Vaccination in Burma 1920-1933 - 1920-1933
Year: 1920
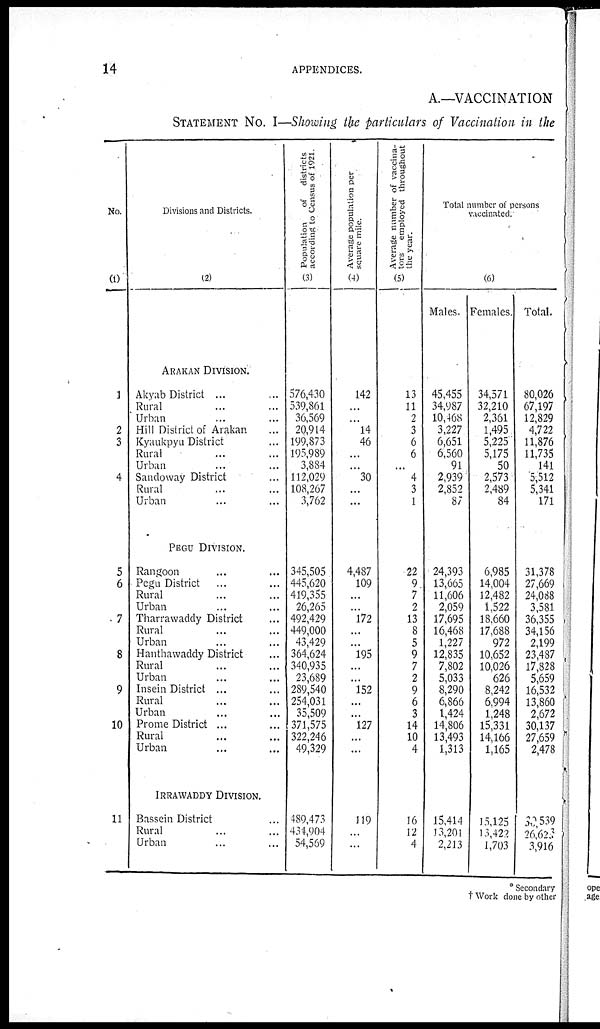
14
APPENDICES.
A.—VACCINATION
STATEMENT No. I—Showing the particulars of Vaccination in the
No.
(1)
1
2
3
4
5
6
7
8
9
10
11
Divisions and Districts.
(2)
ARAKAN DIVISION.
Akyab District ... ...
Rural ... ...
Urban ... ...
Hill District of Arakan ...
Kyaukpyu District ...
Rural ... ...
Urban ... ...
Sandoway District ...
Rural ... ...
Urban ... ...
PEGU DIVISION
Rangoon ... ...
Pegu District ... ...
Rural ... ...
Urban ... ...
Tharrawaddy District ...
Rural ... ...
Urban ... ...
Hanthawaddy District ...
Rural ... ...
Urban ... ...
Insein District ...
Rural ... ...
Urban ... ...
Prome District ...
Rural ... ...
Urban ... ...
IRRAWADDY DIVISION.
Bassein District ... ...
Rural ... ...
Urban ... ...
Population
of districts
according to Census of 1921.
(3)
576,430
539,861
36,569
20,914
199,873
195,989
3,884
112,029
108,267
3,762
345,505
445,620
419,355
26,265
492,429
449,000
43,429
364,624
340,935
23,689
289,540
254,031
35,509
371,575
322,246
49,329
489,473
434,904
54,569
Average population per
square mile.
(4)
142
...
...
14
46
...
...
30
...
...
4,487
109
...
...
172
...
...
195
...
...
152
...
...
127
...
...
119
...
...
Average number of vaccina-
tors employed throughout
the year.
(5)
13
11
2
3
6
6
...
4
3
1
22
9
7
2
13
8
5
9
7
2
9
6
3
14
10
4
16
12
4
Total number of persons
vaccinated.
(6)
Males.
45,455
34,987
10,468
3,227
6,651
6,560
91
2,939
2,852
87
24,393
13,665
11,606
2,059
17,695
16,468
1,227
12,835
7,802
5,033
8,290
6,866
1,424
14,806
13,493
1,313
15,414
13,201
2,213
Females.
34,571
32,210
2,361
1,495
5,225
5,175
50
2,573
2,489
84
6,985
14,004
12,482
1,522
18,660
17,688
972
10,652
10,026
626
8,242
6,994
1,248
15,331
14,166
1,165
15,125
13,422
1,703
Total.
80,026
67,197
12,829
4,722
11,876
11,735
141
5,512
5,341
171
31,378
27,669
24,088
3,581
36,355
34,156
2,199
23,487
17,828
5,659
16,532
13,860
2,672
30,137
27,659
2,478
30,539
26,623
3,916
* Secondary
† Work done by other